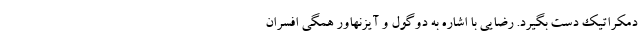
دمکراتیک دست بگیرد. رضایی با اشاره به دوگول و آیزنهاور همگی افسران